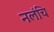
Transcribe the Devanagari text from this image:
नलंचि